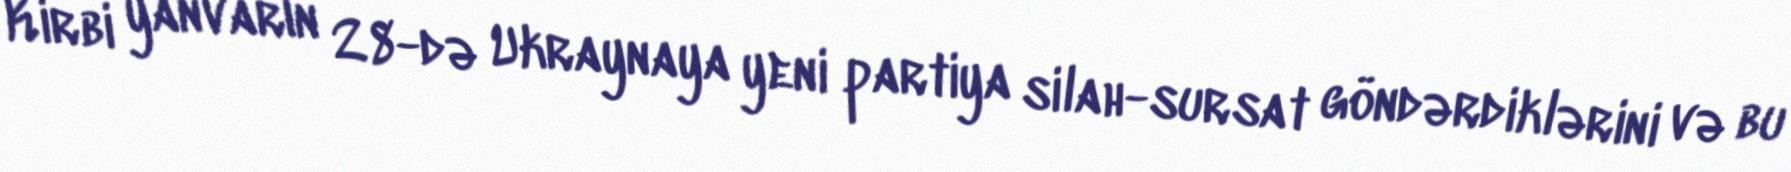
Kirbi yanvarın 28-də Ukraynaya yeni partiya silah-sursat göndərdiklərini və bu